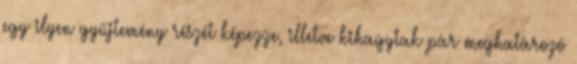
egy ilyen gyűjtemény részét képezze, illetve kihagytak pár meghatározó